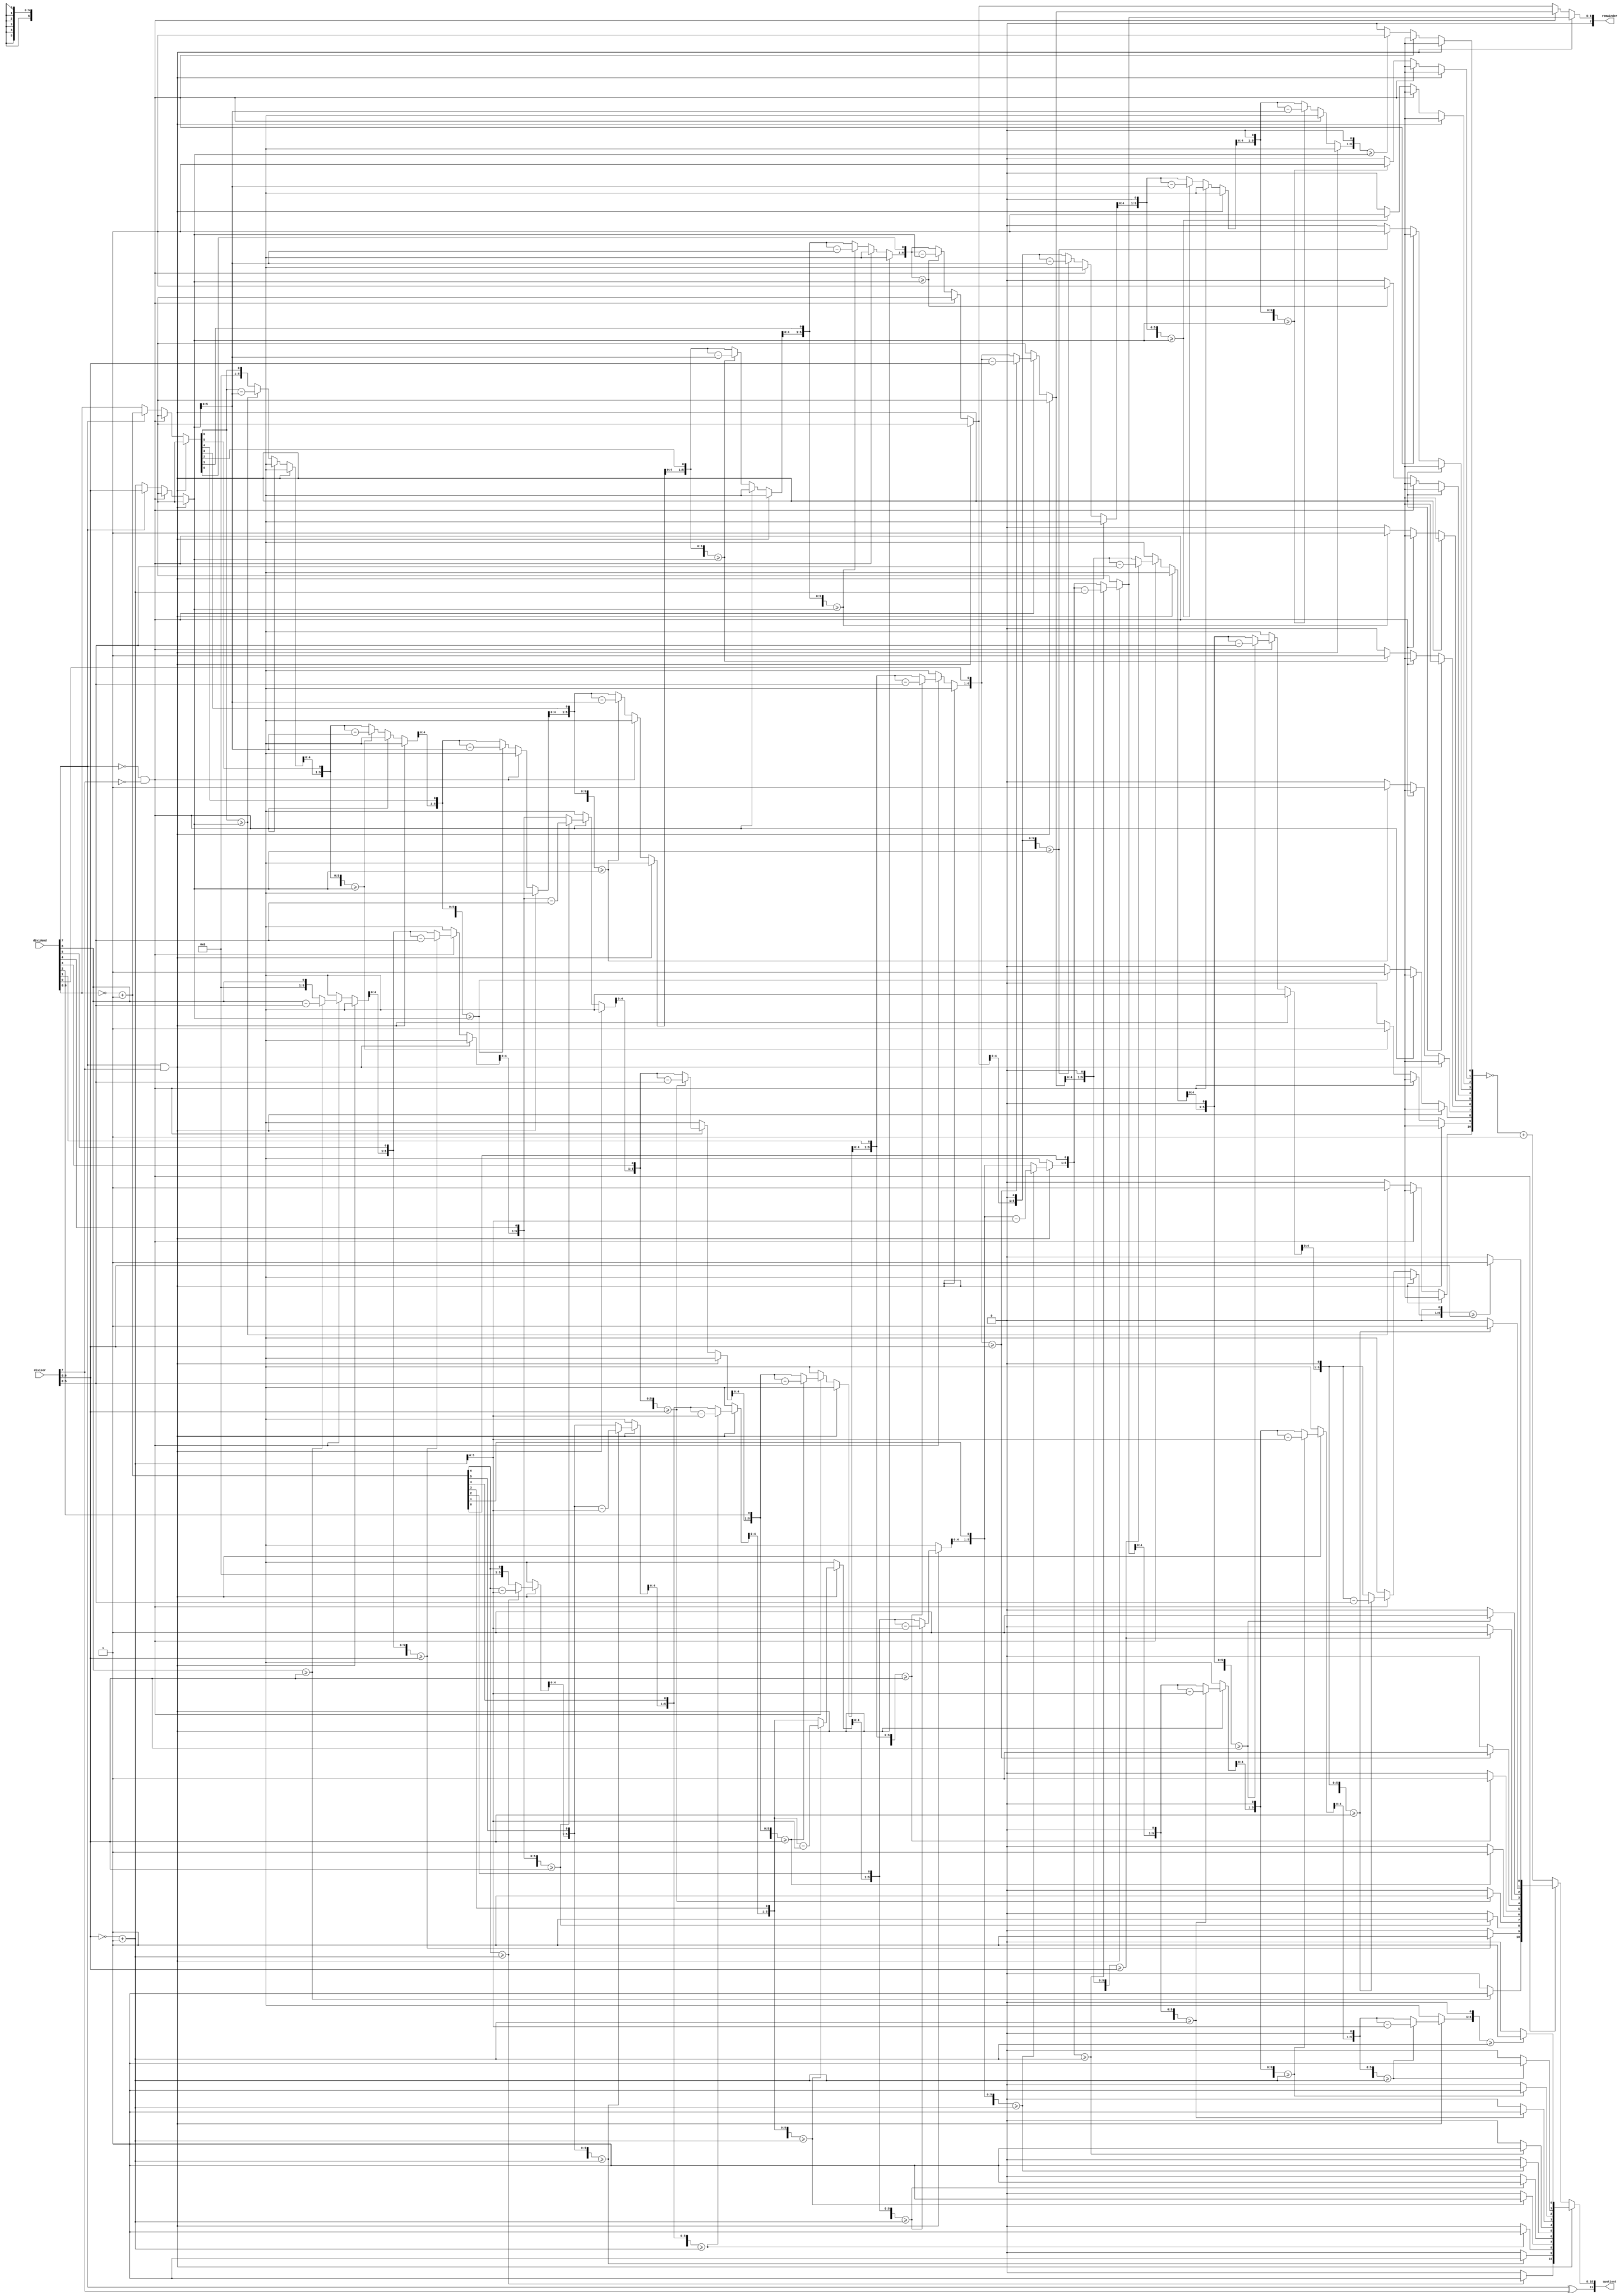
module int_div(dividend,divisor,quotient,remainder);
input [7:0]dividend ,divisor;
output reg[11:0]quotient;
output reg[7:0]remainder;
reg [6:0]x,y,A;
reg [10:0] Q;
integer n ;
always @(dividend,divisor,quotient,remainder)
begin
A=0;Q=0;
if(dividend[7]==1'b1 && divisor[7]==1'b1) // if both numbers are negative
begin
x = ~(dividend[6:0]) +1;
y = ~(divisor[6:0]) + 1;
for (n=0;n<=10;n=n+1)
begin
{A,x} = {A,x} << 1;
Q = Q << 1;
if (A>=y)
begin
A=A-y;
Q[0]=1;
end
if (n==6)
begin
remainder = A;
end
end
quotient = {dividend[7]^divisor[7],Q};
end
else if(dividend[7]==1'b0 && divisor[7]==1'b0) // if both numbers are positive
begin
y=divisor[6:0];
x=dividend[6:0];
for (n=0;n<=10;n=n+1)
begin
{A,x} = {A,x} << 1;
Q = Q << 1;
if (A>=y)
begin
A=A-y;
Q[0]=1;
end
if (n==6)
begin
remainder = A;
end
end
quotient = {dividend[7]^divisor[7],Q};
end

else //if either of them is negative
begin
if(dividend[7]==1'b1)
begin
y=divisor[6:0];
x= ~(dividend[6:0]) +1'b1;
end
else
begin
y=~(divisor[6:0]) +1;
x=dividend[6:0];
end
for (n=0;n<=10;n=n+1)
begin
{A,x} = {A,x} << 1;
Q = Q << 1;
if (A>=y)
begin
A=A-y;
Q[0]=1;
end
if (n==6)
begin
remainder = A;
end
end
Q=(~Q)+1'b1;
quotient = {dividend[7]^divisor[7],Q};
end
end
endmodule